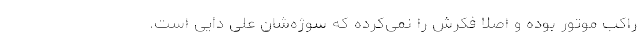
راکب موتور بوده و اصلا فکرش را نمی‌کرده که سوژه‌شان علی دایی است.